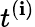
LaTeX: t^{(\mathbf{i})}